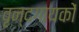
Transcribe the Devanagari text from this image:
वृन्दगायकों